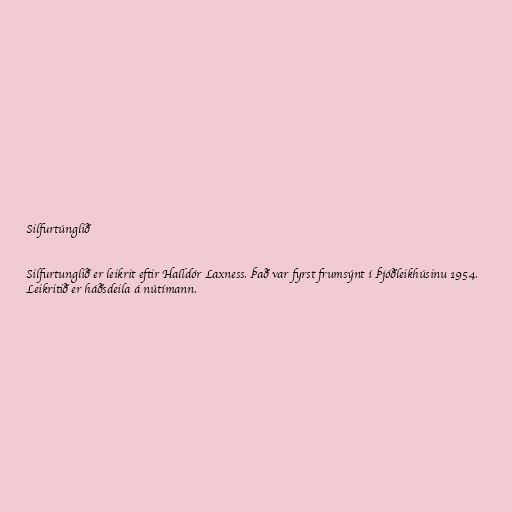
Silfurtúnglið

Silfurtunglið er leikrit eftir Halldór Laxness. Það var fyrst frumsýnt í Þjóðleikhúsinu 1954.
Leikritið er háðsdeila á nútímann.